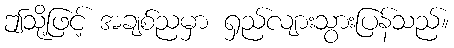
ဤသို့ဖြင့် အချစ်ညမှာ ရှည်လျားသွားပြန်သည်။